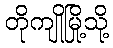
တိုကျိုမြို့သို့